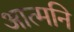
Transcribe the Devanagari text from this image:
आत्मनि